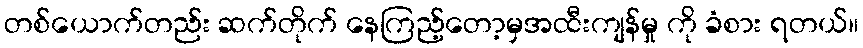
တစ်ယောက်တည်း ဆက်တိုက် နေကြည့်တော့မှအထီးကျန်မှု ကို ခံစား ရတယ်။